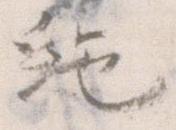
絶